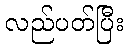
လည်ပတ်ပြီး